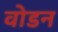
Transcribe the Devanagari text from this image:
वोडन